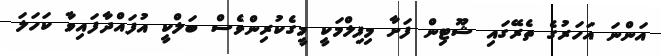
އަންނަ އަހަރުގެ ތެރޭގައި ޝޫޓިން ފަށާ މިފިލްމަކީ މީގެކުރިންވެސް ބަލްކީ އުފައްދާފައިވާ ކަހަލަ